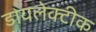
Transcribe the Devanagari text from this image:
डायलेक्टीक